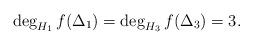
LaTeX: \begin{align*} \deg_{H_1} f(\Delta_1) = \deg_{H_3} f(\Delta_3) = 3.\end{align*}